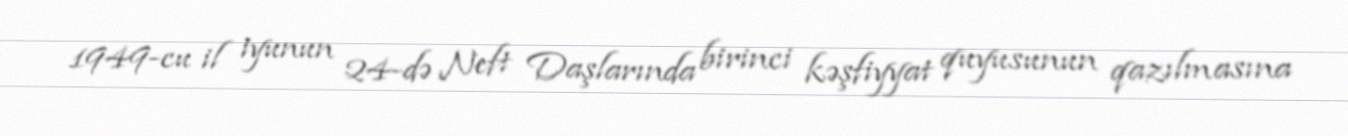
1949-cu il iyunun 24-də Neft Daşlarında birinci kəşfiyyat quyusunun qazılmasına